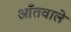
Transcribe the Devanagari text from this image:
आँतवाले